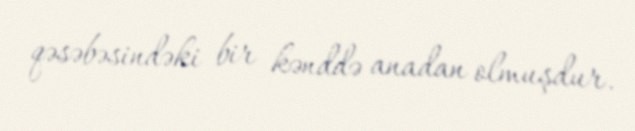
qəsəbəsindəki bir kənddə anadan olmuşdur.